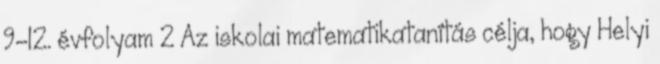
9-12. évfolyam 2 Az iskolai matematikatanítás célja, hogy Helyi